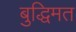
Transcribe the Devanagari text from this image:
बुद्धिमत